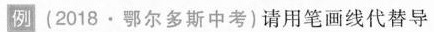
例(2018·鄂尔多斯中考)请用笔画线代替导